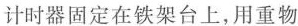
计时器固定在铁架台上，用重物